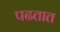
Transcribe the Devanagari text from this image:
पढतात